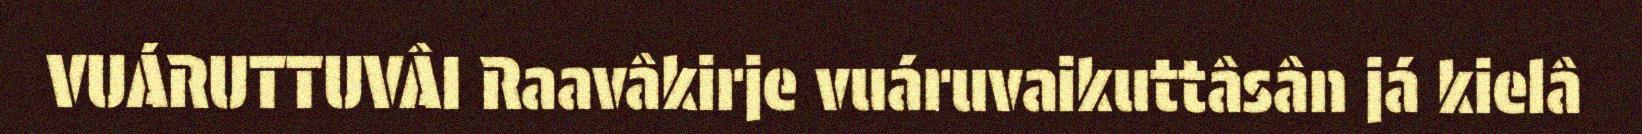
VUÁRUTTUVÂI Raavâkirje vuáruvaikuttâsân já kielâ